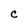
Character: C